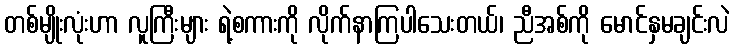
တစ်မျိုးလုံးဟာ လူကြီးများ ရဲ့စကားကို လိုက်နာကြပါသေးတယ်၊ ညီအစ်ကို မောင်နှမချင်းလဲ